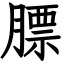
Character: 膘